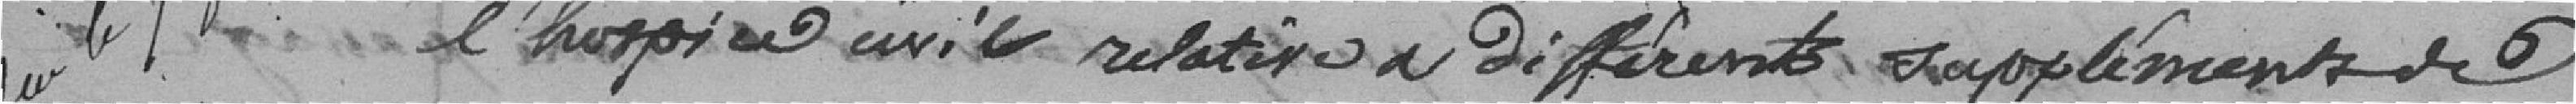
l'hospice civil relative à différents suppléments de